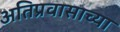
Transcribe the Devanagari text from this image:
अतिप्रवासाच्या